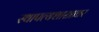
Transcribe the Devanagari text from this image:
स्थापत्यशास्त्रावर